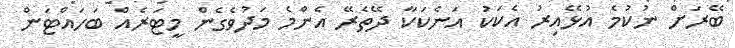
ބޭރަށް ނުކުމެ އުޅޭއިރު އެކަކު އަނެކަކާ ދޭތެރޭ އެންމެ މަދުވެގެން މީޓަރެއް ބަހައްޓަން